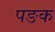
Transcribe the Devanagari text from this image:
पङक